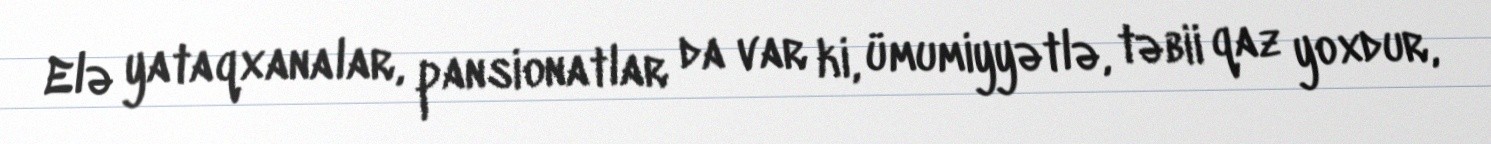
Elə yataqxanalar, pansionatlar da var ki, ümumiyyətlə, təbii qaz yoxdur,